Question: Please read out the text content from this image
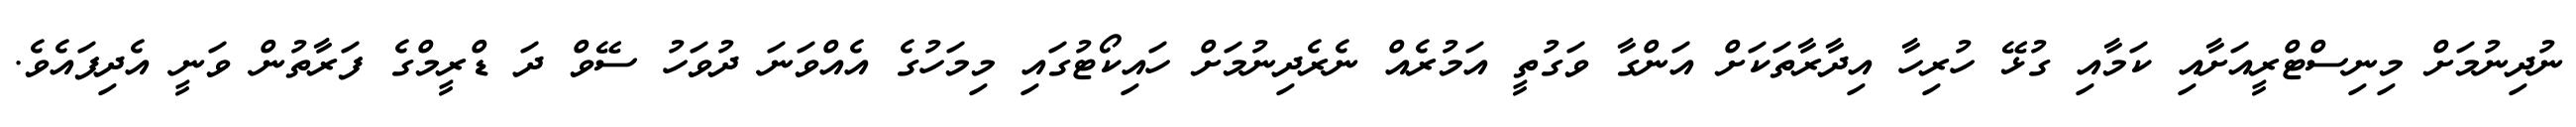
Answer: ނުދިނުމަށް މިނިސްޓްރީއަށާއި ކަމާއި ގުޅޭ ހުރިހާ އިދާރާތަކަށް އަންގާ ވަގުތީ އަމުރެއް ނެރެދިނުމަށް ހައިކޯޓުގައި މިމަހުގެ އެއްވަނަ ދުވަހު ސޭވް ދަ ޑްރީމްގެ ފަރާތުން ވަނީ އެދިފައެވެ.